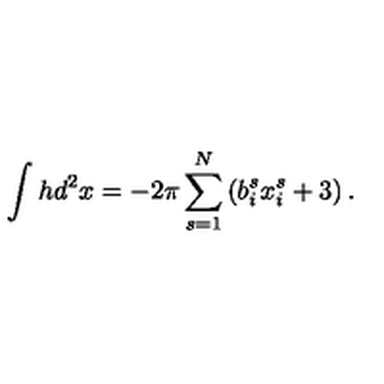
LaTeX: \int h d ^ { 2 } x = - 2 \pi \sum _ { s = 1 } ^ { N } \left( b _ { i } ^ { s } x _ { i } ^ { s } + 3 \right) .